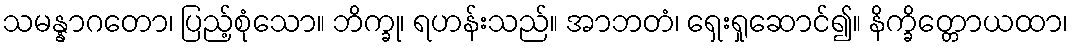
သမန္နာဂတော၊ ပြည့်စုံသော။ ဘိက္ခု၊ ရဟန်းသည်။ အာဘတံ၊ ရှေးရှုဆောင်၍။ နိက္ခိတ္တောယထာ၊